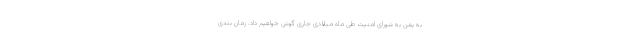
به یمن به شورای امنیت طی ماه میلادی جاری گوش خواهیم داد. زمان بندی